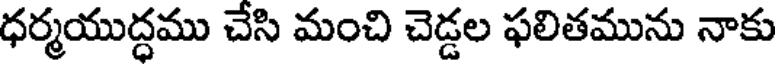
ధర్మయుద్ధము చేసి మంచి చెడ్డల ఫలితమును నాకు